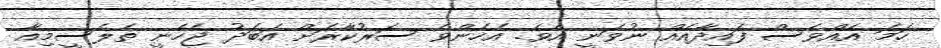
ހަމަ އެއްވެސް ފައިދާއެއް ނުވަނީ އެވެ. އެހެންވެ ސަރުކާރަށް އަބަދު ޖެހެނީ ތެލެސީމިއާ